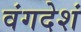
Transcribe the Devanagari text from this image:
वंगदेशं